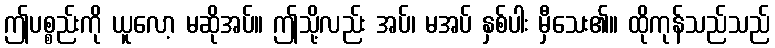
ဤပစ္စည်းကို ယူလော့ မဆိုအပ်။ ဤသို့လည်း အပ်၊ မအပ် နှစ်ပါး မှီသေး၏။ ထိုကုန်သည်သည်